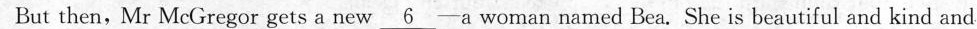
But then, Mr McGregor gets a new \underline{6} --a woman named Bea. She is beautiful and kind and